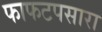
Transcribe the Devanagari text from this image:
फाफटपसारा